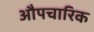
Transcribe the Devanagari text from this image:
औपचारिक